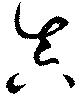
真